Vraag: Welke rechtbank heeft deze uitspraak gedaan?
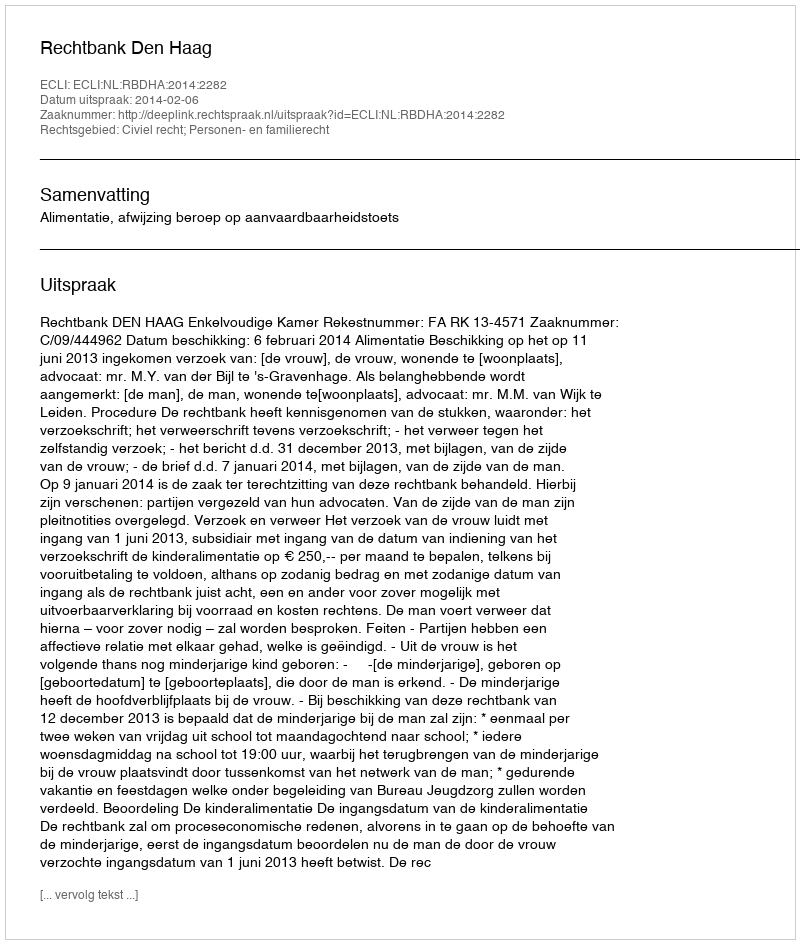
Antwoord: Rechtbank Den Haag